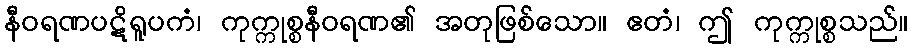
နီဝရဏပဋိရူပကံ၊ ကုက္ကုစ္စနီဝရဏ၏ အတုဖြစ်သော။ ဧတံ၊ ဤ ကုက္ကုစ္စသည်။